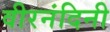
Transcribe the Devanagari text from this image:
वीरनंदिनी